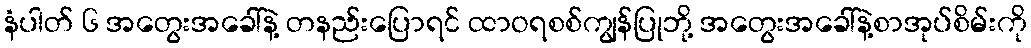
နံပါတ် ၆ အတွေးအခေါ်နဲ့ တနည်းပြောရင် ထာဝရစစ်ကျွန်ပြုဘို့ အတွေးအခေါ်နဲ့စာအုပ်စိမ်းကို